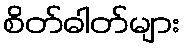
စိတ်ဓါတ်များ